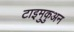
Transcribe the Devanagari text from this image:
टाइमुकुअन